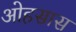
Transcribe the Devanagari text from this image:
ओहसास